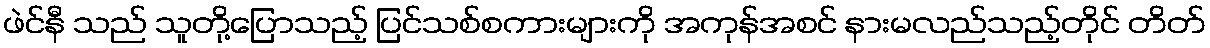
ဖဲင်နီ သည် သူတို့ပြောသည့် ပြင်သစ်စကားများကို အကုန်အစင် နားမလည်သည့်တိုင် တိတ်